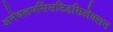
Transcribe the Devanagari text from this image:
अनेबलपर्सिसटिडसिलेक्शन